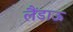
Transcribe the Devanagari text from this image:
लैंडाऊ